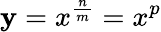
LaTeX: \mathbf{y}=x^{\frac{{n}}{{m}}}=x^{p}